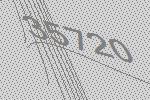
35720